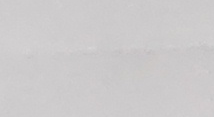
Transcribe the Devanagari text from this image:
कतिबेला?